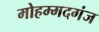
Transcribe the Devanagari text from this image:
मोहम्मदगंज